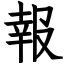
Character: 報